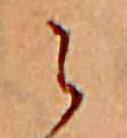
ら